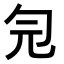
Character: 𠣑